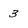
Character: 3